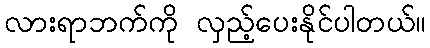
လားရာဘက်ကို လှည့်ပေးနိုင်ပါတယ်။